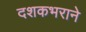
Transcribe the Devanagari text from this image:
दशकभराने